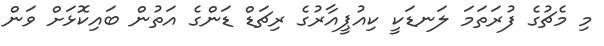
މި މެޗުގެ ފުރަތަމަ ލަނޑަކީ ކިއުޕީއާރުގެ ރިޗަޑް ޑަންގެ އަތުން ބައިކޮޅަށް ވަން